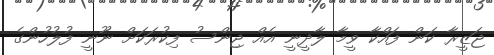
ޖަޒީރާ ކަން ފައްކާ ވީމާ ލާދީނީ އެއް ޖިންސު ފިކުރަކަށް ނޫނީ ފުލުހުންގެ